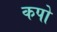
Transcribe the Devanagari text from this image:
कपो